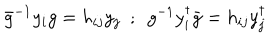
\bar { g } ^ { - 1 } y _ { i } g = h _ { i j } y _ { j } ~ ~ ; ~ ~ g ^ { - 1 } y _ { i } ^ { \dagger } \bar { g } = h _ { i j } y _ { j } ^ { \dagger }